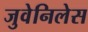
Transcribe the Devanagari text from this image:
जुवेनिलेस